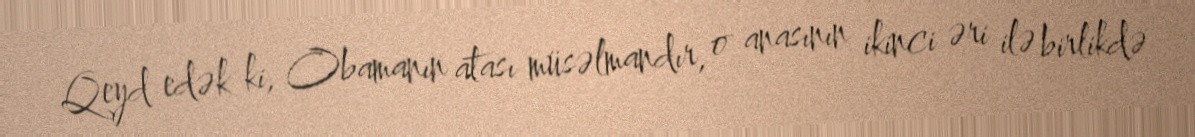
Qeyd edək ki, Obamanın atası müsəlmandır, o anasının ikinci əri ilə birlikdə